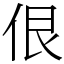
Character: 佷